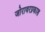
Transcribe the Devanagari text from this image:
जोरावरप्रकाश